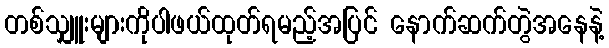
တစ်သျှူးများကိုပါဖယ်ထုတ်ရမည့်အပြင် နောက်ဆက်တွဲအနေနဲ့